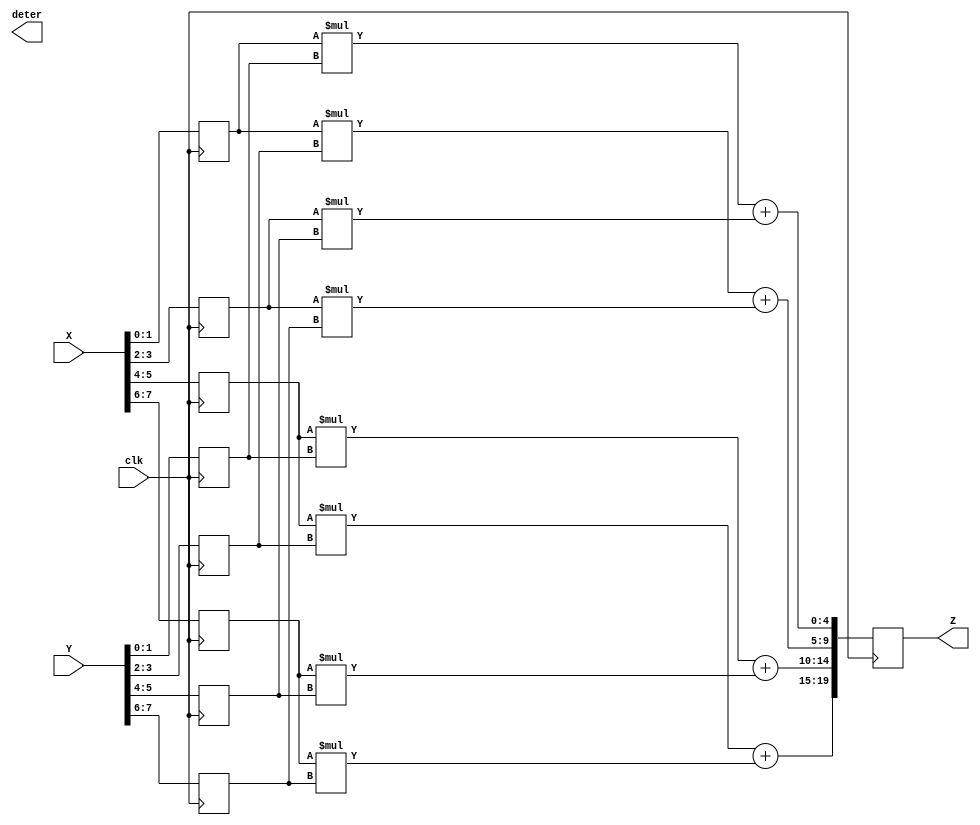
`timescale 1ns / 1ps

module matrix_mult(
    input [7:0] X,
    input [7:0] Y,
    output reg [19:0] Z,
    output reg [3:0]  deter,
    input clk
    );
    reg [1:0] Ax, Bx, Cx, Dx; // X matrix values
    reg [1:0] Ay, By, Cy, Dy; // Y matrix values
    reg [4:0] Az, Bz, Cz, Dz; // Z matrix values
    
    // assign X values (A, B, C, D)
    initial {Ax, Bx, Cx, Dx} = 2'h0;
    always @(posedge clk)
    begin
        {Dx[1:0], Cx[1:0], Bx[1:0], Ax[1:0]} <= X[7:0];
    end
    
    // assign Y values (A, B, C, D)
    initial {Ay, By, Cy, Dy} = 2'h0;
    always @(posedge clk)
    begin
        {Dy[1:0], Cy[1:0], By[1:0], Ay[1:0]} <= Y[7:0];
    end
    
    // perform operations
    always@ *
    begin
        Az <= (Ax * Ay) + (Bx * Cy);
        Bz <= (Ax * By) + (Bx * Dy);
        Cz <= (Cx * Ay) + (Dx * Cy);
        Dz <= (Cx * By) + (Dx * Dy);
        
//        deter <= (Az * Dz) - (Bz * Cz); // this needs work, need to account for 2s comp somehow
    end
        
    // Assign Az, Bz, Cz, Dz to the Z matrix
    initial {Az, Bz, Cz, Dz} = 2'h0;
    always @(posedge clk)
    begin
        Z[19:0] <= {Dz[4:0], Cz[4:0], Bz[4:0], Az[4:0]};
    end
    
endmodule